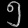
Digit: ၅